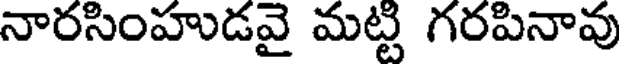
నారసింహుడవై మట్టి గరపినావు